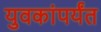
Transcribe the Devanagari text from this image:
युवकांपर्यंत